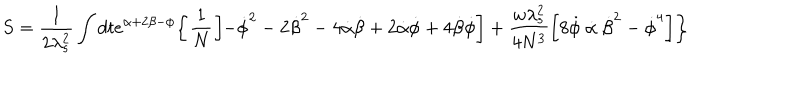
S = \frac { 1 } { 2 \lambda _ { s } ^ { 2 } } \int d t e ^ { \alpha + 2 \beta - \phi } \biggl \{ \frac { 1 } { N } \biggl [ - \dot { \phi } ^ { 2 } - 2 \dot { \beta } ^ { 2 } - 4 \dot { \alpha } \dot { \beta } + 2 \dot { \alpha } \dot { \phi } + 4 \dot { \beta } \dot { \phi } \biggr ] + \frac { w \lambda _ { s } ^ { 2 } } { 4 N ^ { 3 } } \biggl [ 8 \dot { \phi } ~ \dot { \alpha } ~ \dot { \beta } ^ { 2 } - \dot { \phi } ^ { 4 } \biggr ] \biggr \}